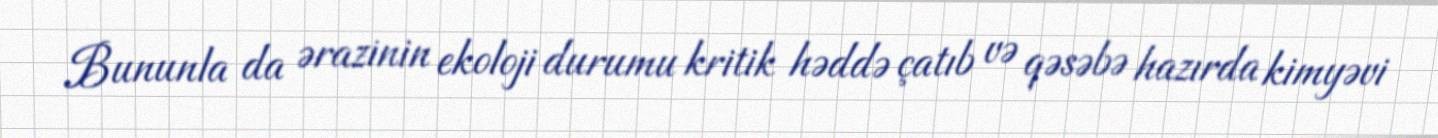
Bununla da ərazinin ekoloji durumu kritik həddə çatıb və qəsəbə hazırda kimyəvi